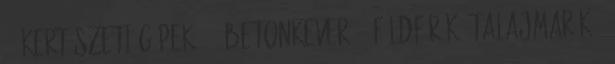
36 Kertészeti gépek 265 Betonkeverő 4 Földfúrók, talajmarók 5